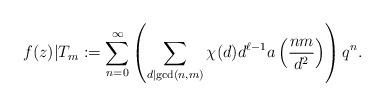
LaTeX: \begin{align*}f(z)|T_m := \sum_{n=0}^{\infty} \left(\sum_{d\mid \gcd(n,m)}\chi(d)d^{\ell-1}a\left(\frac{nm}{d^2}\right)\right)q^n.\end{align*}